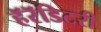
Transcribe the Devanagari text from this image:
हॅरॅडिटरी